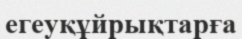
егеуқұйрықтарға